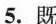
5.既